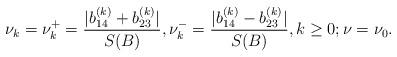
LaTeX: \begin{align*}\nu_k = \nu_k^{+}=\frac{|b_{14}^{(k)} + b_{23}^{(k)}|}{S(B)}, \nu_k^{-}=\frac{|b_{14}^{(k)} - b_{23}^{(k)}|}{S(B)}, k\geq0; \nu=\nu_0.\end{align*}